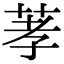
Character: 䓔